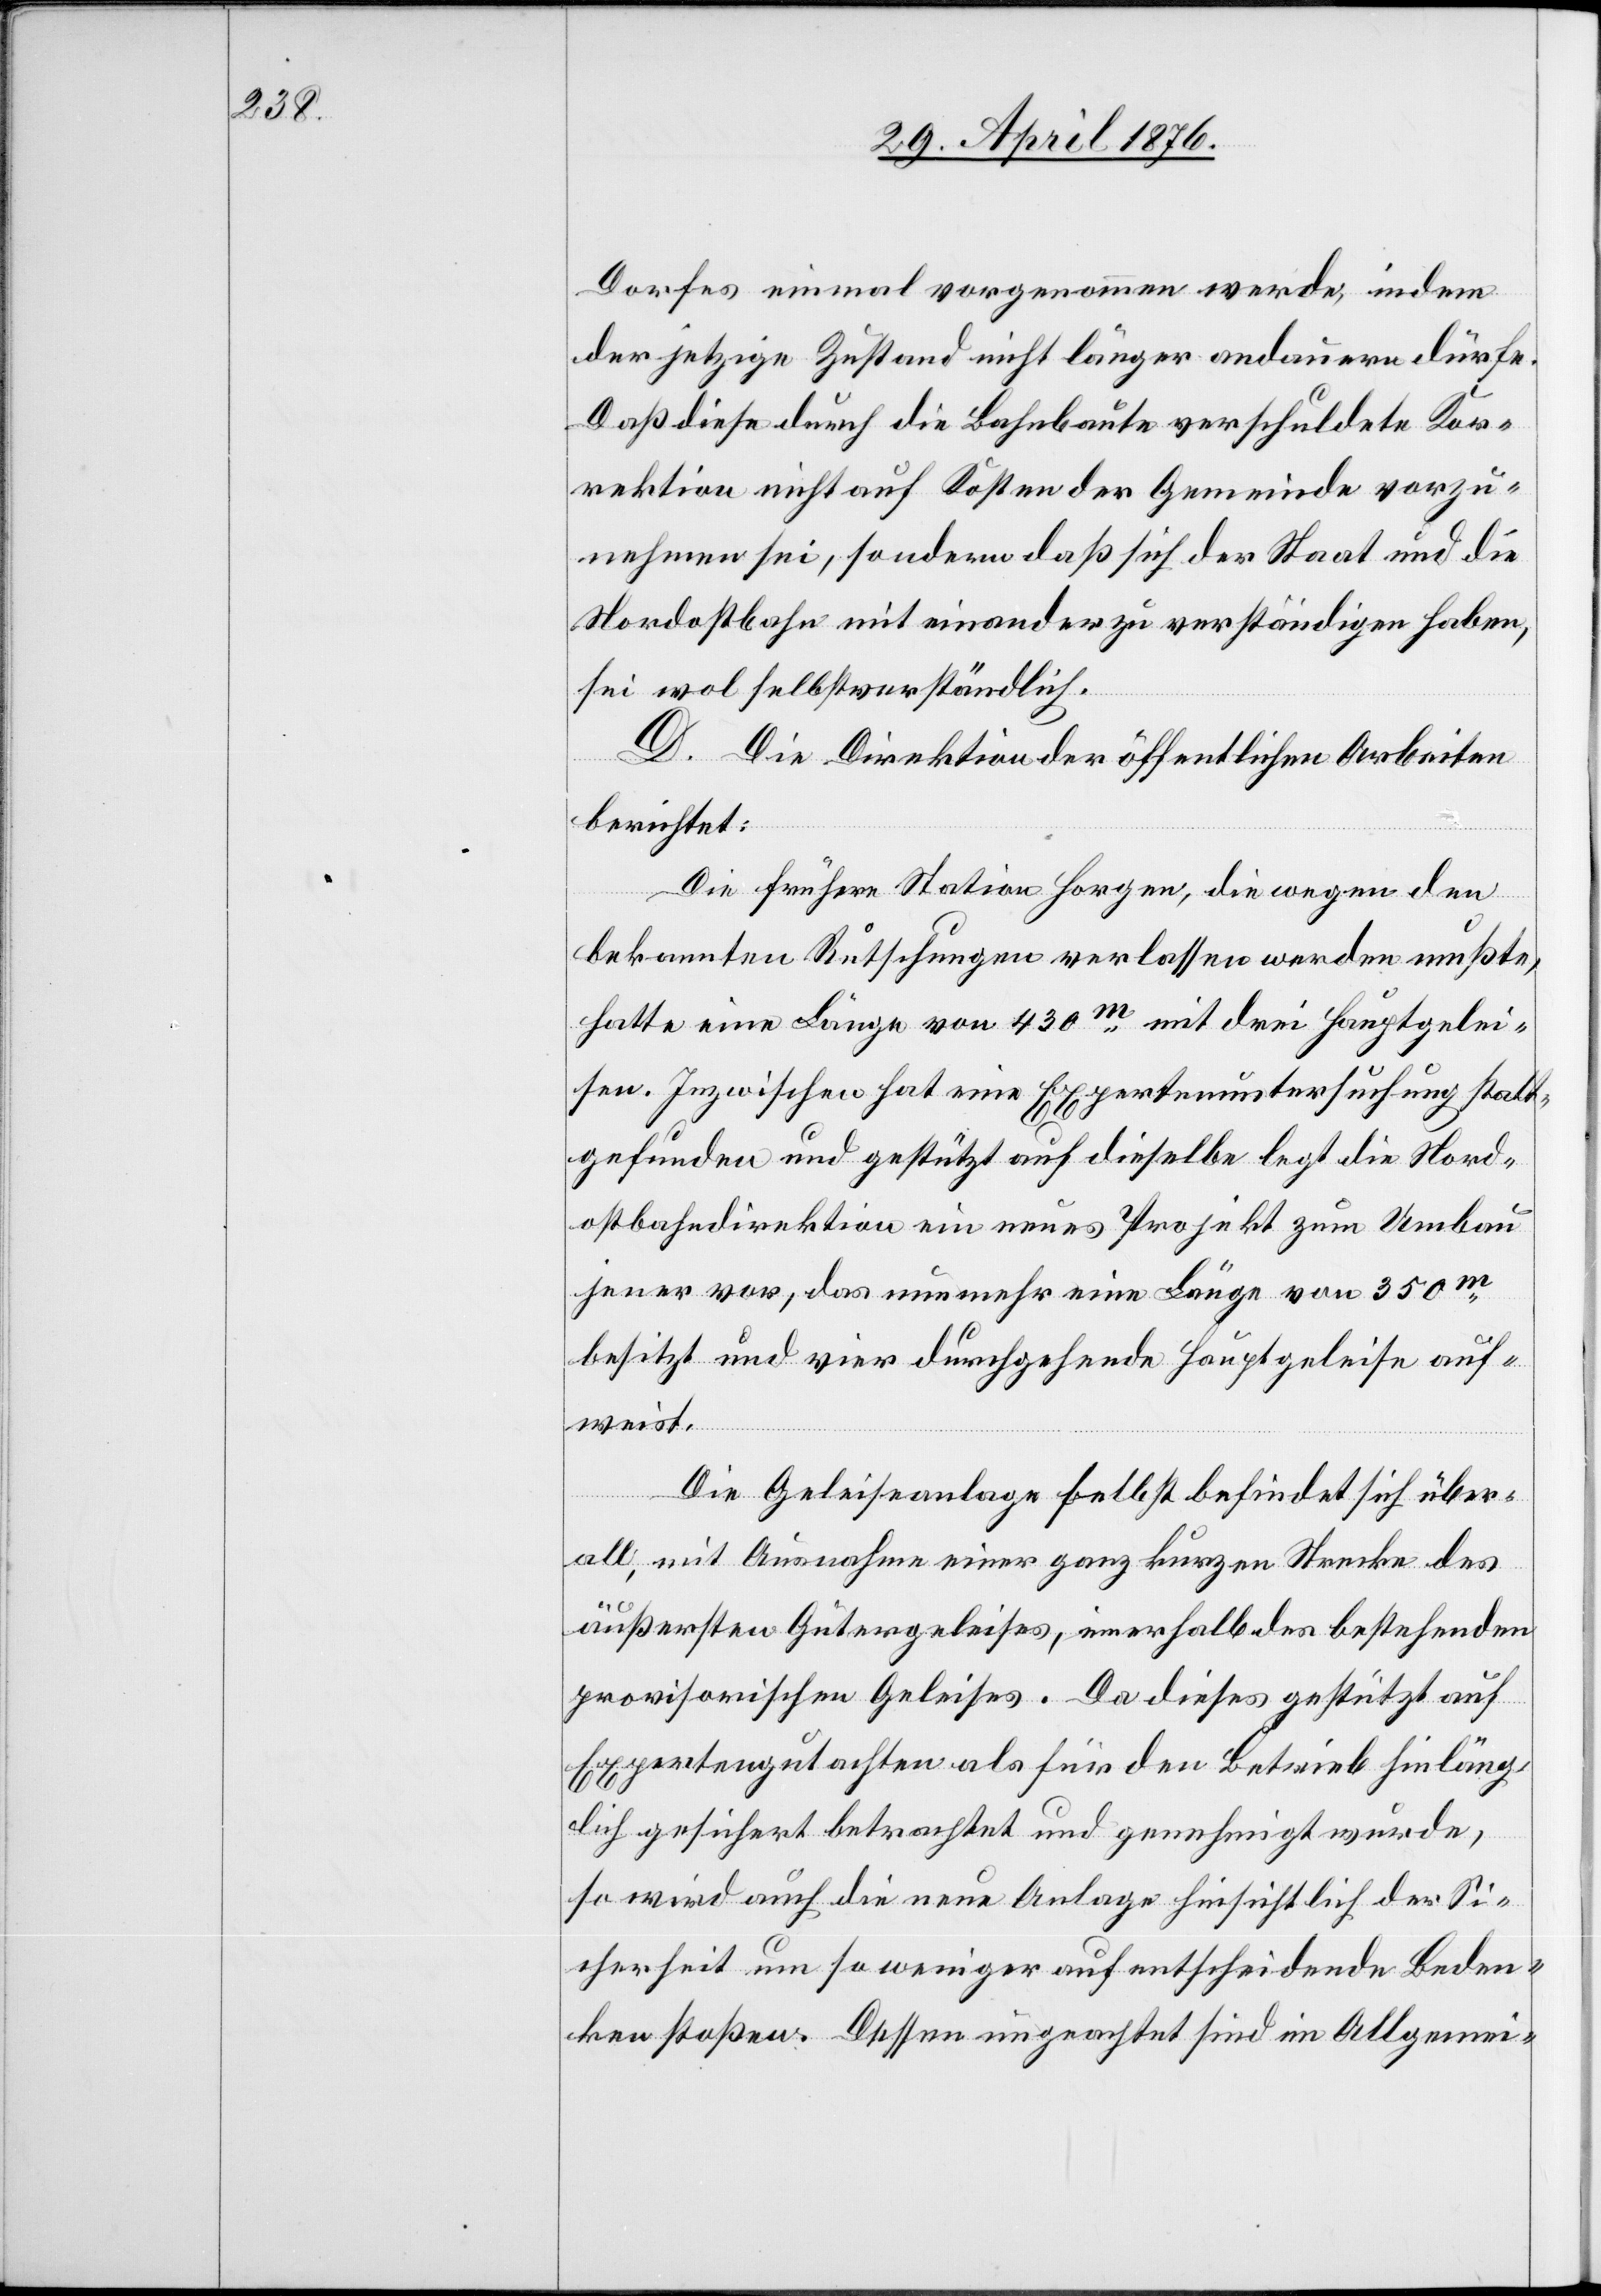
Dorfes einmal vorgenommen werde, indem
der jetzige Zustand nicht länger andauern dürfe.
Daß diese durch die Bahnbaute verschuldete Kor¬
rektion nicht auf Kosten der Gemeinde vorzu¬
nehmen sei, sondern daß sich der Staat und die
Nordostbahn mit einander zu verständigen haben,
sei wohl selbstverständlich.
D. Die Direktion der öffentlichen Arbeiten
berichtet:
Die frühere Station Horgen, die wegen den
bekannten Rutschungen verlassen werden mußte,
hatte eine Länge von 430m mit drei Hauptgelei¬
sen. Inzwischen hat eine Expertenuntersuchung statt¬
gefunden und gestützt auf dieselbe legt die Nord¬
ostbahndirektion ein neues Projekt zum Umbau
jener vor, das nunmehr eine Länge von 350m
besitzt und vier durchgehende Hauptgeleise auf¬
weist.
Die Geleiseanlage selbst befindet sich über¬
all, mit Ausnahme einer ganz kurzen Strecke des
äußersten Gütergeleises, innerhalb des bestehenden
provisorischen Geleises. Da dieses gestützt auf
Expertengutachten als für den Betrieb hinläng¬
lich gesichert betrachtet und genehmigt wurde,
so wird auch die neue Anlage hinsichtlich der Si¬
cherheit um so weniger auf entscheidende Beden¬
ken stoßen. Dessen ungeachtet sind im Allgemei-